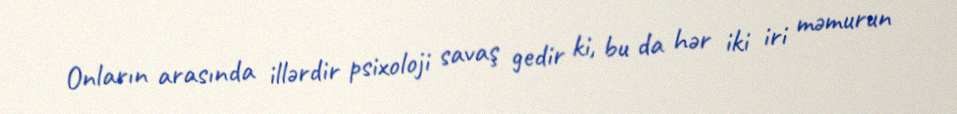
Onların arasında illərdir psixoloji savaş gedir ki, bu da hər iki iri məmurun